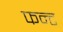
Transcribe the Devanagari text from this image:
फन्ट